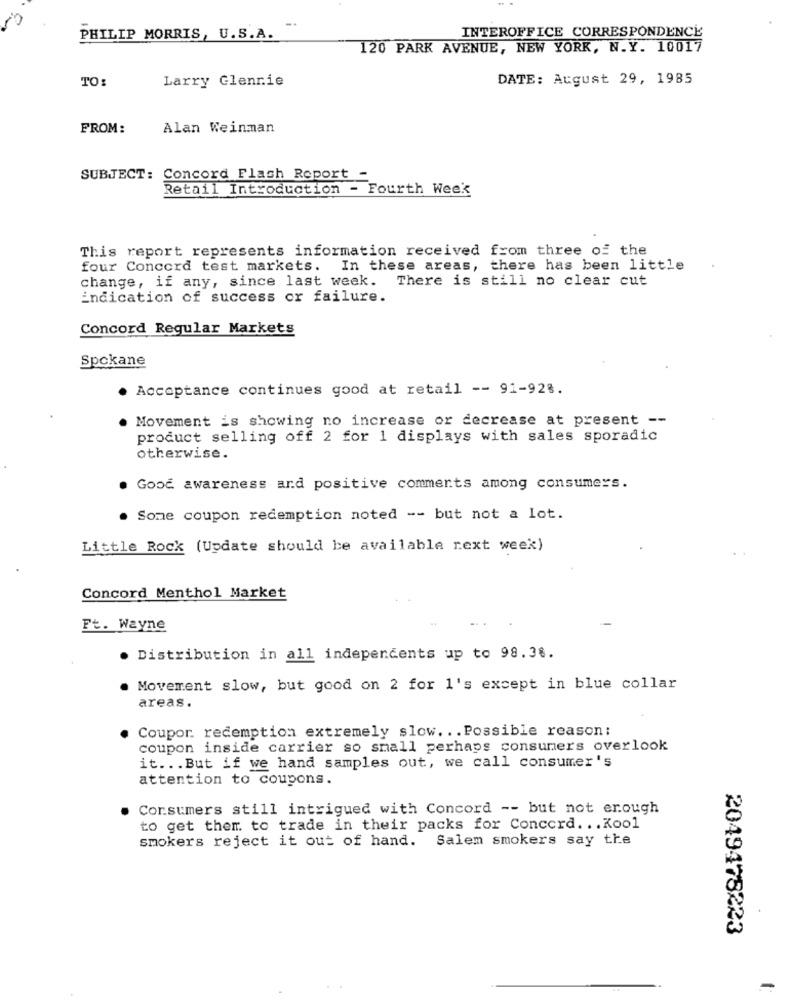
PHILIP MORRIS, U.S.A.
INTEROFFICE CORRESPONDENCE
120 PARK AVENUE, NEW YORK, N.Y. 10017
TO:
Larry Glennie
DATE: August 29, 1985
FROM:
Alan Weinman
SUBJECT: Concord Flash Report -
Retail Introduction - Fourth Week
This report represents information received from three of the
four Concord test markets. In these areas, there has been little
change, if any, since last week.
There is still no clear cut
indication of success or failure.
Concord Regular Markets
Spokane
. Acceptance continues good at retail -- 91-923.
. Movement is showing no increase or decrease at present --
product selling off 2 for 1 displays with sales sporadic
otherwise.
Good awareness and positive comments among consumers.
. Some coupon redemption noted -- but not a lot.
Little Rock (Update should be available next week)
Concord Menthol Market
Ft. Wayne
. Distribution in all independents up to 98.38.
Movement slow, but good on 2 for 1's except in blue collar
areas.
Coupor redemption extremely slow. .. Possible reason:
coupon inside carrier so small perhaps consumers overlook
it ... But if we hand samples out, we call consumer's
attention to coupons.
Consumers still intrigued with Concord -- but not enough
to get them to trade in their packs for Concord. . . Kool
smokers reject it out of hand. Salem smokers say the
2049478223
..
-